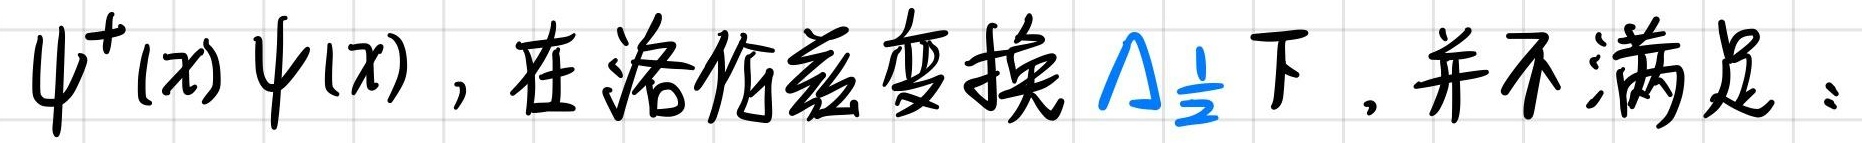
$\psi^{+}(x) \psi(x)$，在洛伦兹变换 $\Lambda_{\frac{1}{2}}$ 下，并不满足：